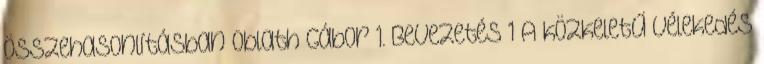
összehasonlításban Oblath Gábor 1. Bevezetés 1 A közkeletű vélekedés